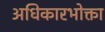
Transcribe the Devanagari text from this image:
अधिकारभोक्ता